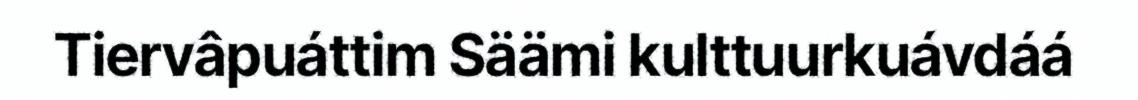
Tiervâpuáttim Säämi kulttuurkuávdáá